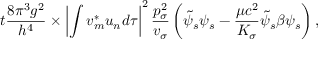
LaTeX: t { \frac { 8 \pi ^ { 3 } g ^ { 2 } } { h ^ { 4 } } } \times \left| \int v _ { m } ^ { * } u _ { n } d \tau \right| ^ { 2 } { \frac { p _ { \sigma } ^ { 2 } } { v _ { \sigma } } } \left( { \tilde { \psi } } _ { s } \psi _ { s } - { \frac { \mu c ^ { 2 } } { K _ { \sigma } } } { \tilde { \psi } } _ { s } \beta \psi _ { s } \right) ,